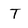
Character: T